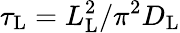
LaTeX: \tau_{\mathrm{L}}=L_{\mathrm{L}}^{2}/\pi^{2}D_{\mathrm{L}}